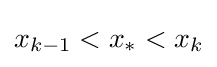
x_{k-1}<x_{*}<x_{k}